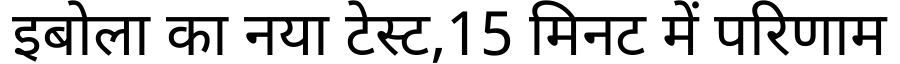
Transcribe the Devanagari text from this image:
इबोला का नया टेस्ट,15 मिनट में परिणाम